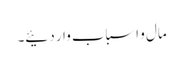
مال و اسباب وار دئیے۔